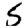
Digit: 5